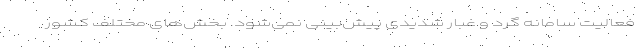
فعالیت سامانه گرد و غبار شدیدی پیش‌بینی نمی‌شود. بخش‌های مختلف کشور